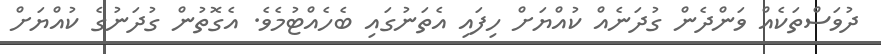
ދުވަސްތަކެއް ވަންދެން ގުދަނެއް ކުއްޔަށް ހިފައި އެތަނުގައި ބެހެއްޓުމެވެ. އެގޮތުން ގުދަނުގެ ކުއްޔަށް